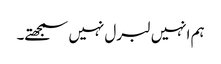
ہم انہیں لبرل نہیں سمجھتے۔